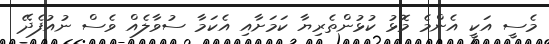
މެސީ އަކީ އެންމެ މޮޅު ކުޅުންތެރިޔާ ކަމަށާއި އެކަމާ ސުވާލެއް ވެސް ނުއުފެދޭ